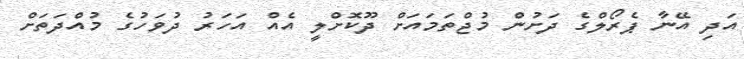
އަދި އޭނާ ޕެރޯލްގެ ދަށުން މުޖްތަމައަށް ދޫކޮށްލީ އެއް އަހަރު ދުވަހުގެ މުއްދަތަށް